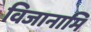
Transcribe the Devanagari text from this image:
विजानामि